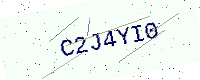
Text: C2J4YI0